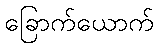
ခြောက်ယောက်